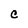
Character: C